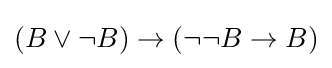
(B\lor \neg B)\to (\neg \neg B\to B)